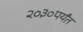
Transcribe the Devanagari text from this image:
२०३०पर्यंत